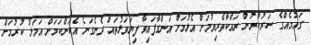
ގައުމެއްގެ ސަރުކާރުން ރައްކާތެރިވުމަށް އެޅުމަށް އަންގާފައިވާ ފިޔަވަޅުތައް ދެނެގަނެ އެކަންކަމަށް އަމަލު ކުރުމަށް